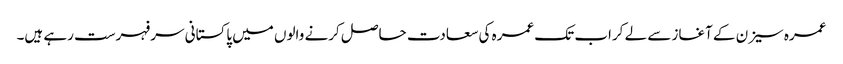
عمرہ سیزن کے آغاز سے لے کراب تک عمرہ کی سعادت حاصل کرنے والوں میں پاکستانی سرفہرست رہے ہیں۔